Annual report of the Madras Medical College
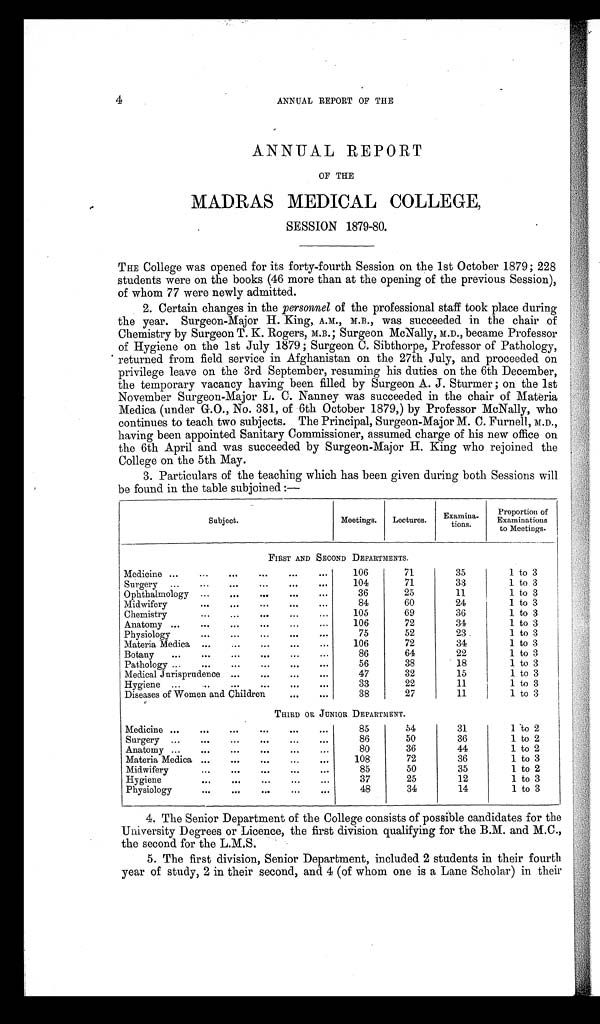
4
ANNUAL REPORT OF THE
ANNUAL REPORT
OF THE
MADRAS MEDICAL COLLEGE,
SESSION 1879-80.
THE College was opened for its forty-fourth Session on the 1st October 1879; 228
students were on the books (46 more than at the opening of the previous Session),
of whom 77 were newly admitted.
2. Certain changes in the personnel of the professional staff took place during
the year. Surgeon-Major H. King, A.M., M.B., was succeeded in the chair of
Chemistry by Surgeon T. K. Rogers, M.B.; Surgeon McNally, M.D., became Professor
of Hygiene on the 1st July 1879; Surgeon C. Sibthorpe, Professor of Pathology,
returned from field service in Afghanistan on the 27th July, and proceeded on
privilege leave on the 3rd September, resuming his duties on the 6th December,
the temporary vacancy having been filled by Surgeon A. J. Sturmer; on the 1st
November Surgeon-Major L. C. Nanney was succeeded in the chair of Materia
Medica (under G.O., No. 381, of 6th October 1879,) by Professor McNally, who
continues to teach two subjects. The Principal, Surgeon-Major M. C. Furnell, M.D.,
having been appointed Sanitary Commissioner, assumed charge of his new office on
the 6th April and was succeeded by Surgeon-Major H. King who rejoined the
College on the 5th May.
3.
Particulars of the teaching which has been given during both Sessions will
be found in the table subjoined:—
Subject.
Meetings.
Lectures.
Examinations.
Proportion of
Examinations
to Meetings.
Medicine
106
71
35
1 to 3
Surgery
104
71
33
1 to 3
Ophthalmology
36
25
11
1 to 3
Midwifery
84
60
24
1 to 3
Chemistry
105
69
36
1 to 3
Anatomy
106
72
34
1 to 3
Physiology
75
52
23
1 to 3
Materia Medica
106
72
34
1 to 3
Botany
86
64
22
1 to 3
Pathology
56
38
18
1 to 3
Medical Jurisprudence
47
32
15
1 to 3
Hygiene
33
22
11
1 to 3
Diseases of Women and Children
38
27
11
1 to 3
Medicine
85
54
31
1 to 2
Surgery
86
50
36
1 to 2
Anatomy
80
36
44
1 to 2
Materia Medica
108
72
36
1 to 3
Midwifery
85
50
35
1 to 2
Hygiene
37
25
12
1 to 3
Physiology
48
34
14
1 to 3
4.
The Senior Department of the College consists of possible candidates for the
University Degrees or Licence, the first division qualifying for the B.M. and M.C.,
the second for the L.M.S.
5.
The first division, Senior Department, included 2 students in their fourth
year of study, 2 in their second, and 4 (of whom one is a Lane Scholar) in their